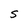
Character: S